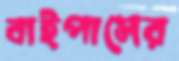
বাইপাসের